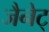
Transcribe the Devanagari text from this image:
जैनेट्